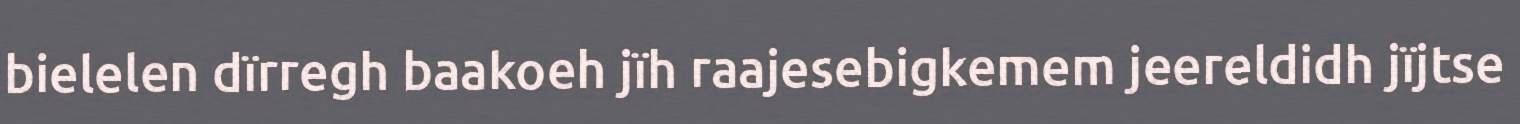
bielelen dïrregh baakoeh jïh raajesebigkemem jeereldidh jïjtse